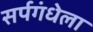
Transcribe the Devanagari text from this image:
सर्पगंधेला